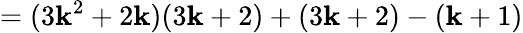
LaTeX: =(3\mathbf{k}^{2}+2\mathbf{k})(3\mathbf{k}+2)+(3\mathbf{k}+2)-(\mathbf{k}+1)